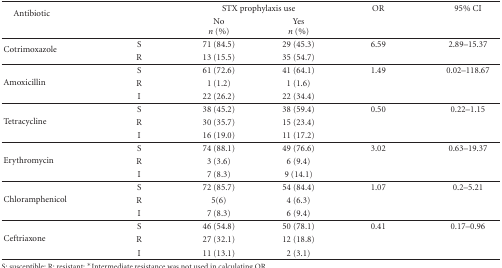
<table><thead><tr><td rowspan="2"><b>Antibiotic</b></td><td></td><td colspan="2"><b>STX prophylaxis use</b></td><td><b>OR</b></td><td><b>95% CI</b></td></tr><tr><td></td><td><b>No<i>n</i> (%)</b></td><td><b>Yes<i>n</i> (%)</b></td><td><b> </b></td><td><b> </b></td></tr></thead><tbody><tr><td rowspan="2">Cotrimoxazole</td><td>S</td><td>71 (84.5)</td><td>29 (45.3)</td><td>6.59</td><td>2.89–15.37</td></tr><tr><td>R</td><td>13 (15.5)</td><td>35 (54.7)</td><td></td><td></td></tr><tr><td rowspan="3">Amoxicillin</td><td>S</td><td>61 (72.6)</td><td>41 (64.1)</td><td>1.49</td><td>0.02–118.67</td></tr><tr><td>R</td><td>1 (1.2)</td><td>1 (1.6)</td><td></td><td></td></tr><tr><td>I</td><td>22 (26.2)</td><td>22 (34.4)</td><td></td><td></td></tr><tr><td rowspan="3">Tetracycline</td><td>S</td><td>38 (45.2)</td><td>38 (59.4)</td><td>0.50</td><td>0.22–1.15</td></tr><tr><td>R</td><td>30 (35.7)</td><td>15 (23.4)</td><td></td><td></td></tr><tr><td>I</td><td>16 (19.0)</td><td>11 (17.2)</td><td></td><td></td></tr><tr><td rowspan="3">Erythromycin</td><td>S</td><td>74 (88.1)</td><td>49 (76.6)</td><td>3.02</td><td>0.63–19.37</td></tr><tr><td>R</td><td>3 (3.6)</td><td>6 (9.4)</td><td></td><td></td></tr><tr><td>I</td><td>7 (8.3)</td><td>9 (14.1)</td><td></td><td></td></tr><tr><td rowspan="3">Chloramphenicol</td><td>S</td><td>72 (85.7)</td><td>54 (84.4)</td><td>1.07</td><td>0.2–5.21</td></tr><tr><td>R</td><td>5(6)</td><td>4 (6.3)</td><td></td><td></td></tr><tr><td>I</td><td>7 (8.3)</td><td>6 (9.4)</td><td></td><td></td></tr><tr><td rowspan="3">Ceftriaxone</td><td>S</td><td>46 (54.8)</td><td>50 (78.1)</td><td>0.41</td><td>0.17–0.96</td></tr><tr><td>R</td><td>27 (32.1)</td><td>12 (18.8)</td><td></td><td></td></tr><tr><td>I</td><td>11 (13.1)</td><td>2 (3.1)</td><td></td><td></td></tr></tbody></table>